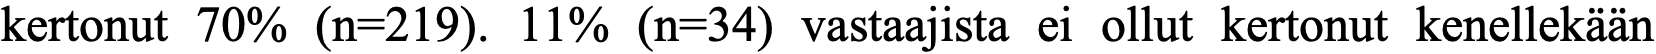
kertonut 70% (n=219). 11% (n=34) vastaajista ei ollut kertonut kenellekään